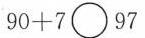
$$9 0 + 7 \circ 9 7$$